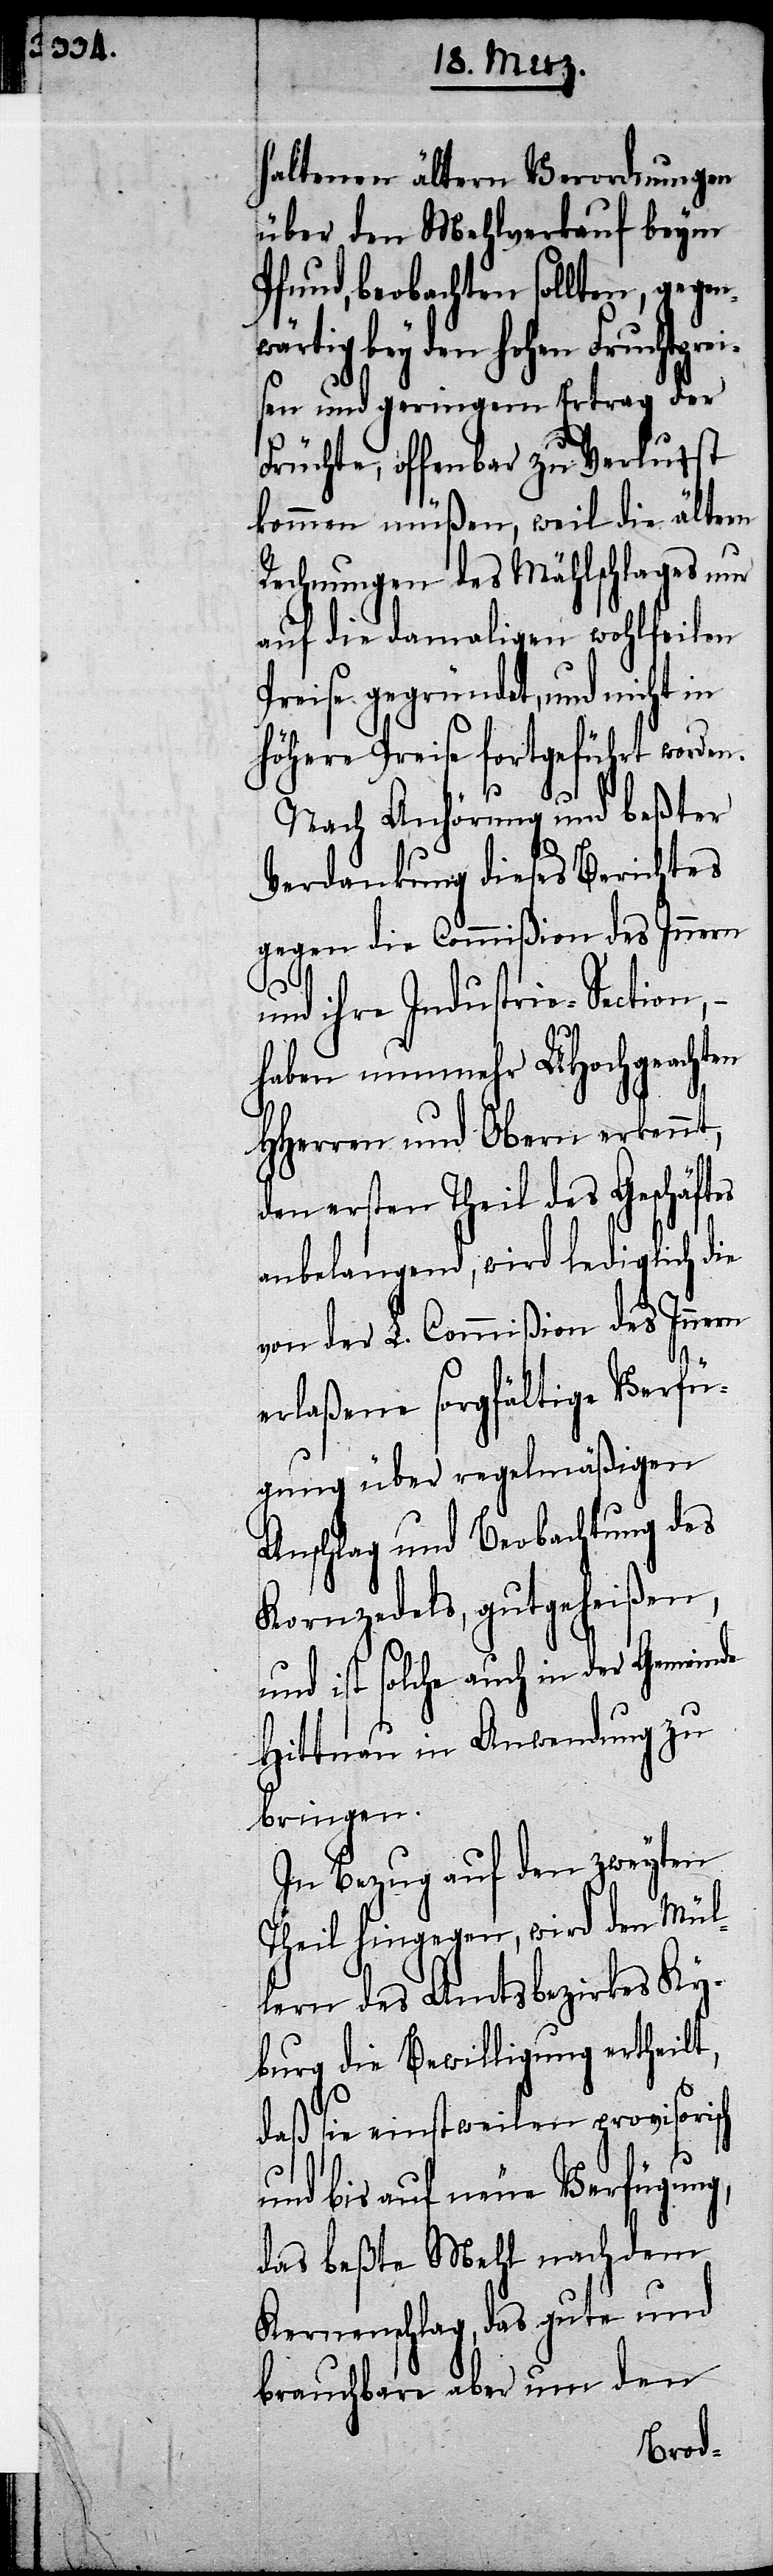
haltenen ältern Verordnungen
über den Mehlverkauf beym
Pfund, beobachten sollten, gegen¬
wärtig bey den hohen Fruchtprei¬
sen und geringem Ertrag der
Früchte, offenbar zu Verlust
kommen müßen, weil die ältern
Rechnungen des Mählschlages nur
auf die damaligen wohlfeilen
Preise gegründet, und nicht in
höhere Preise fortgeführt worden.
Nach Anhörung und beßter
Verdankung dieses Berichtes
gegen die Commißion des Innern
und ihre Industrie-Section,
haben nunmehr UHochgeachten
HHerren und Obern erkennt,
den ersten Theil des Geschäf¬
anbelangend, wird lediglich die
von der L. Commißion des Innern
erlaßene sorgfältige Verfü¬
gung über regelmäßigen
Anschlag und Beobachtung des
Kornzedels, gutgeheißen,
und ist solche auch in der Gemeinde
Hittnau in Anwendung zu
bringen.
In Bezug auf den zweyten
Theil hingegen, wird den Mül¬
lern des Amtsbezirkes Ky¬
burg die Bewilligung ertheilt,
daß die einstweilen provisorisch
und bis auf neue Verfügung,
das beßte Mehl nach dem
Kernenschlag, das gute und
brauchbare aber um den
tes